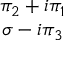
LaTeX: \begin{array} { c } { { \pi _ { 2 } + i \pi _ { 1 } } } \\ { { \sigma - i \pi _ { 3 } } } \end{array}